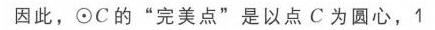
因此，$\odot C$ 的 “完美点” 是以点 $C$ 为圆心，1